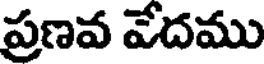
ప్రణవ వేదము